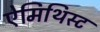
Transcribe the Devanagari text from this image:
ऐमिथिस्ट